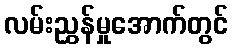
လမ်းညွှန်မှုအောက်တွင်